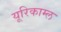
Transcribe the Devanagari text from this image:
यूरिकाम्ल